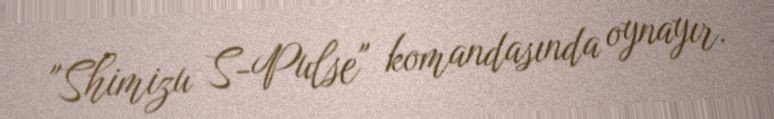
"Shimizu S-Pulse" komandasında oynayır.